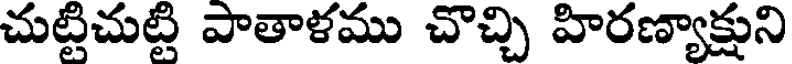
చుట్టిచుట్టి పాతాళము చొచ్చి హిరణ్యాక్షుని